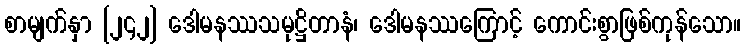
စာမျက်နှာ [၂၄၂] ဒေါမနဿသမုဋ္ဌိတာနံ၊ ဒေါမနဿကြောင့် ကောင်းစွာဖြစ်ကုန်သော။